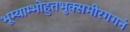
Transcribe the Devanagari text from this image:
भूम्याम्भोहुतभुक्समीरगगनं